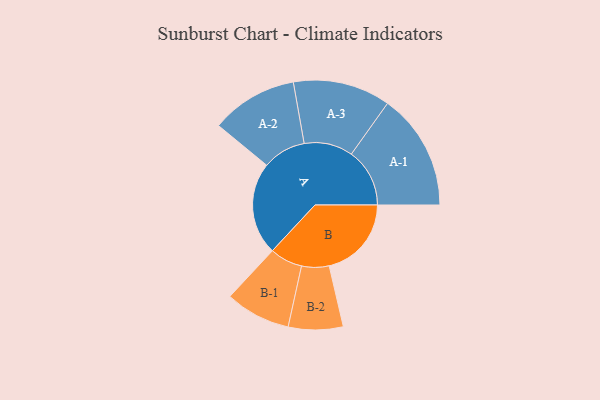
{"axis": {"x": "Segment", "y": "Value"}, "legend": ["", "A", "B"], "data": [{"x": "A", "y": 433, "type": ""}, {"x": "B", "y": 385, "type": ""}, {"x": "A-1", "y": 273, "type": "A"}, {"x": "A-2", "y": 203, "type": "A"}, {"x": "A-3", "y": 228, "type": "A"}, {"x": "B-1", "y": 153, "type": "B"}, {"x": "B-2", "y": 128, "type": "B"}]}